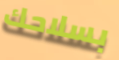
بسلاحك